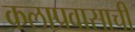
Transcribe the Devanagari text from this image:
कलाप्रवासाची